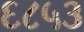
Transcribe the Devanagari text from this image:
६८५३